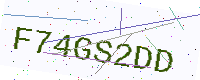
Text: F74GS2DD